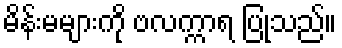
မိန်းမများကို ဗလက္ကာရ ပြုသည်။